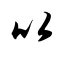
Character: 以